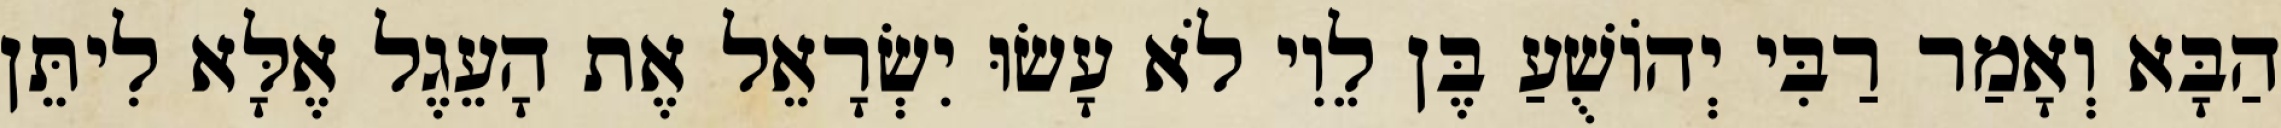
הַבָּא וְאָמַר רַבִּי יְהוֹשֻׁעַ בֶּן לֵוִי לֹא עָשׂוּ יִשְׂרָאֵל אֶת הָעֵגֶל אֶלָּא לִיתֵּן